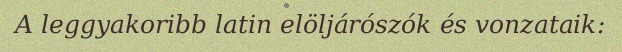
A leggyakoribb latin elöljárószók és vonzataik: